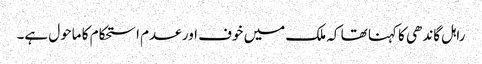
راہل گاندھی کا کہنا تھا کہ ملک میں خوف اور عدم استحکام کا ماحول ہے۔